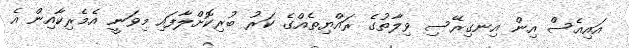
އައިއެސް އިން އިނގިރޭސި ވިލާތުގެ ރައްޔިތެއްގެ ކަރު ބުރިކޮށްލާފައި މިވަނީ އެމެރިކާއިން އެ